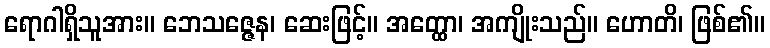
ရောဂါရှိသူအား။ ဘေသဇ္ဇေန၊ ဆေးဖြင့်။ အတ္ထော၊ အကျိုးသည်။ ဟောတိ၊ ဖြစ်၏။